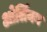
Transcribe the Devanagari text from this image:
ओर्लियन